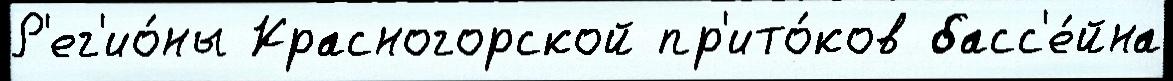
Р'ег'ио́ны Красногорской пр'ито́ков басс'е́йна